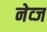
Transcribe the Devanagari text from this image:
नेव्ज